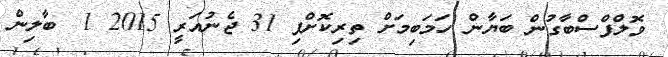
ވޮލްފްސްބާގުން ބަޔާން ހަމަބިމަށް ތިރިކޮށްފި 31 ޖެނުއަރީ 2015 1  ބާލިން